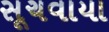
સૂચવાયા